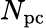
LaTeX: N_{\mathrm{{pc}}}